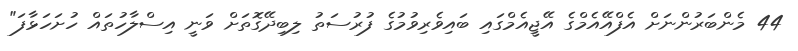
44 މެންބަރުންނަށް އެފްއޭއެމްގެ އޭޖީއެމްގައި ބައިވެރިވުމުގެ ފުރުސަތު ލިބިދޭގޮތަށް ވަނީ އިސްލާހުތައް ހުށަހަޅާފަ"